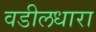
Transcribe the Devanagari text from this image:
वडीलधारा